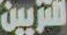
للتزيين